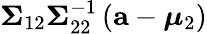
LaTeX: {\boldsymbol{\Sigma}}_{12}{\boldsymbol{\Sigma}}_{22}^{-1}\left(\mathbf{a}-{\boldsymbol{\mu}}_{2}\right)